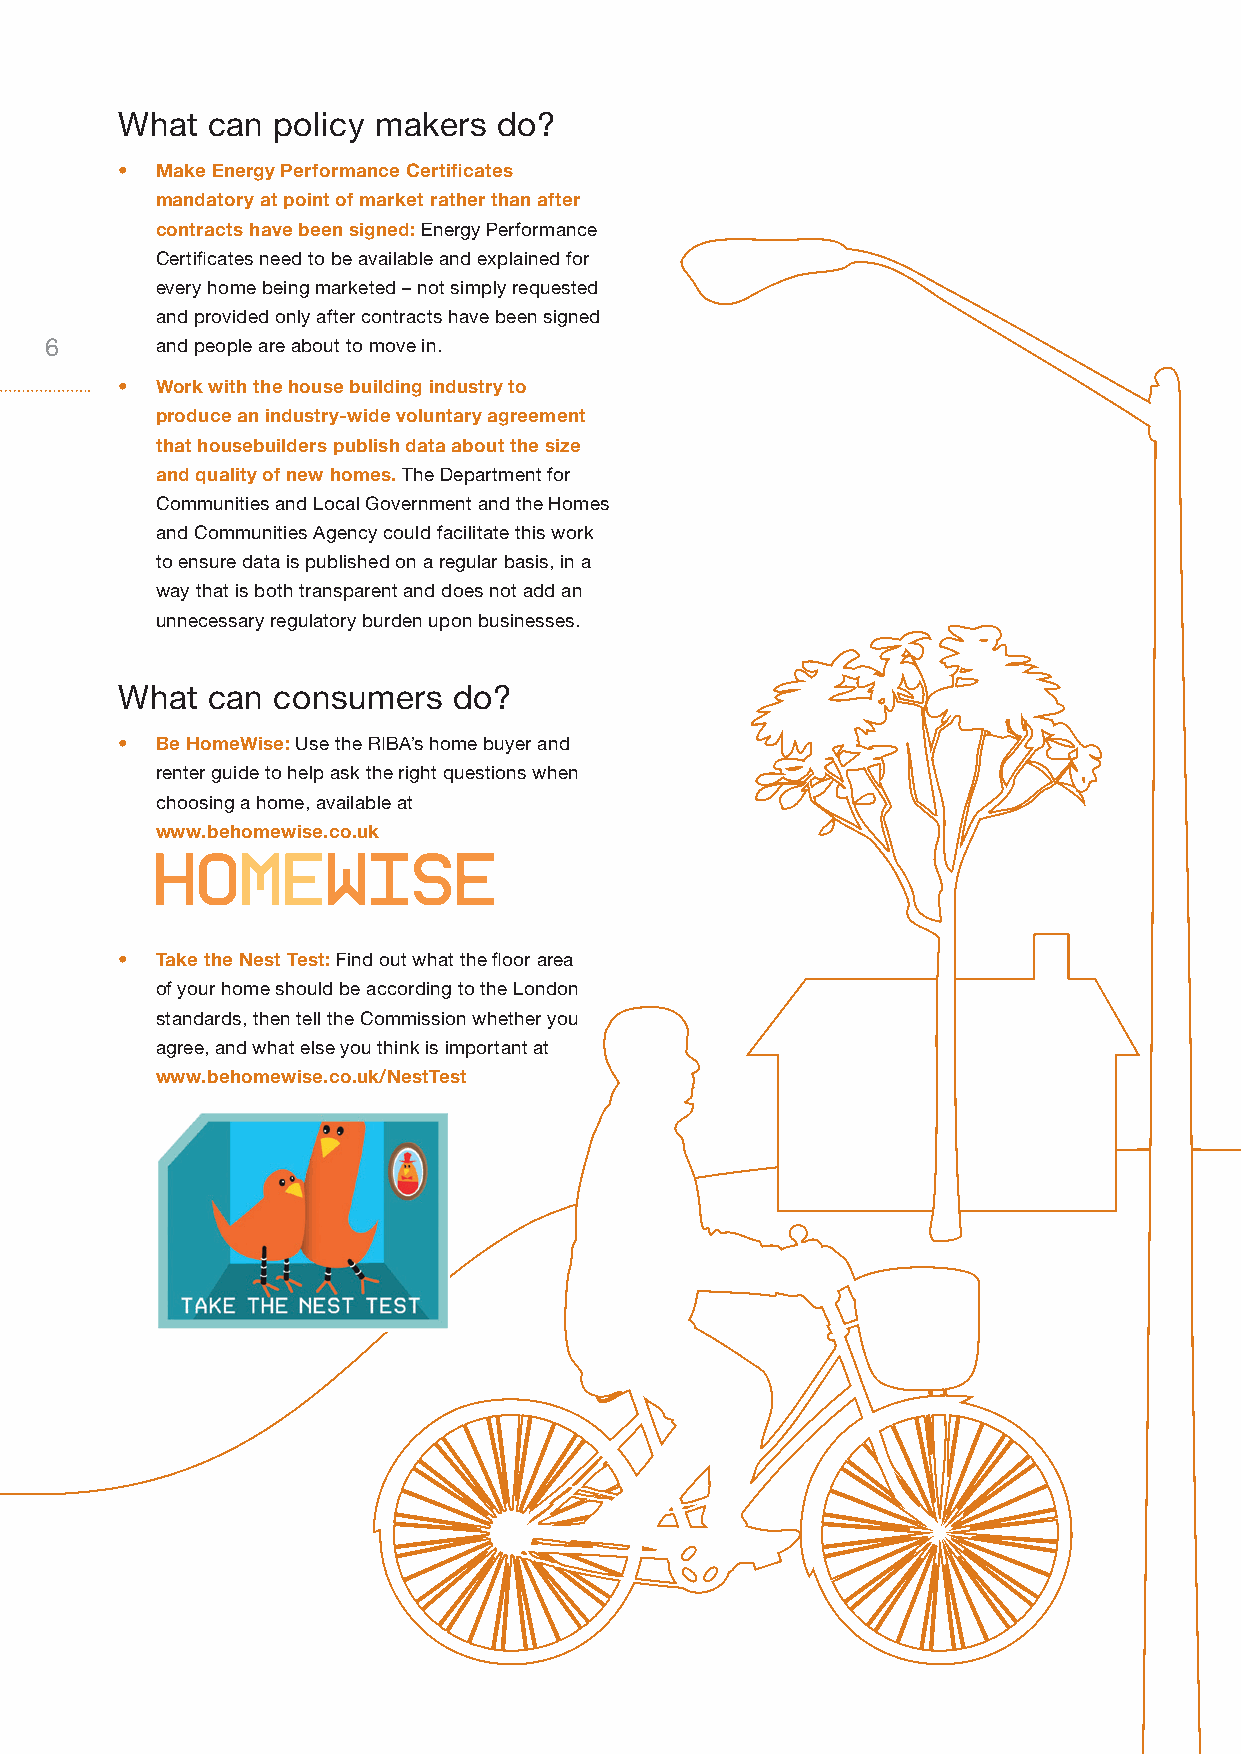
What  can policy makers  do?
 • Make Energy Performance Certificates
 mandatory at point of market rather than after
 contracts have been signed: Energy Performance
 Certificates need to be available and explained for
 every home being marketed – not simply requested
 and provided only after contracts have been signed
 6      and people are about to move in.
 • Work with the house building industry to
 produce an industry-wide voluntary agreement
 that housebuilders publish data about the size
 and quality of new homes. The Department for
 Communities and Local Government and the Homes
 and Communities Agency could facilitate this work
 to ensure data is published on a regular basis, in a
 way that is both transparent and does not add an
 unnecessary regulatory burden upon businesses.
 What  can consumers   do?
 • Be HomeWise: Use the RIBA’s home buyer and
 renter guide to help ask the right questions when
 choosing a home, available at
 www.behomewise.co.uk
 • Take the Nest Test: Find out what the floor area
 of your home should be according to the London
 standards, then tell the Commission whether you
 agree, and what else you think is important at
 www.behomewise.co.uk/NestTest